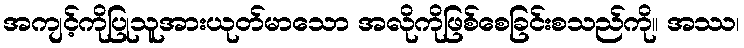
အကျင့်ကိုပြုသူအားယုတ်မာသော အလိုကိုဖြစ်စေခြင်းစသည်ကို။ အဿ၊